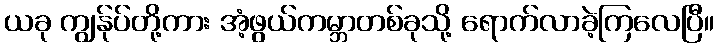
ယခု ကျွန်ုပ်တို့ကား အံ့ဖွယ်ကမ္ဘာတစ်ခုသို့ ရောက်လာခဲ့ကြလေပြီ။